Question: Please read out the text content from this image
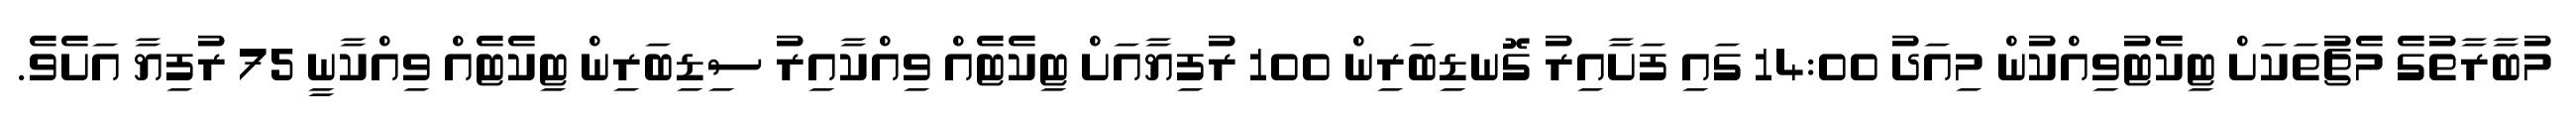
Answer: މުބާރާތުގެ މެޗުތަކަށް ޓިކެޓުވިއްކުން މިއަދު 14:00 ގައި ފަށާއިރު ގޮނޑިބަރިން 100 ރުފިޔާއަށް ޓިކެޓެއް ވިއްކާއިރު ސިޑިބަރިން ޓިކެޓެއް ވިއްކާނީ 75 ރުފިޔާ އަށެވެ.